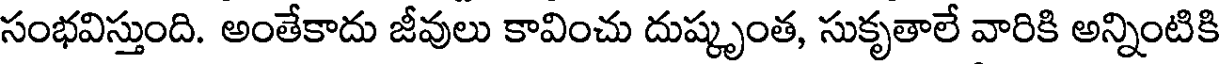
సంభవిస్తుంది. అంతేకాదు జీవులు కావించు దుష్కృంత, సుకృతాలే వారికి అన్నింటికి